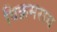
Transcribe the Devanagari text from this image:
विक्रमराय